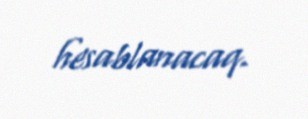
hesablanacaq.